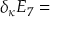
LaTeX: \delta _ { \kappa } E _ { 7 } =